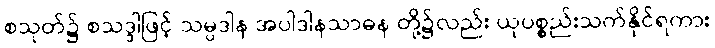
စသုတ်၌ စသဒ္ဒါဖြင့် သမ္ပဒါန အပါဒါနသာဓန တို့၌လည်း ယုပစ္စည်းသက်နိုင်ရကား